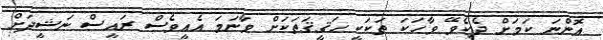
އޮންނަ ކަމަށް ދެކެވޭ ވާހަކަ ތަކަކީ ޙަޤީޤަތަކަށް ވާނަމަ އެއީވެސް ރައީސް ނަޝީދަށް